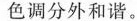
色调分外和谐。